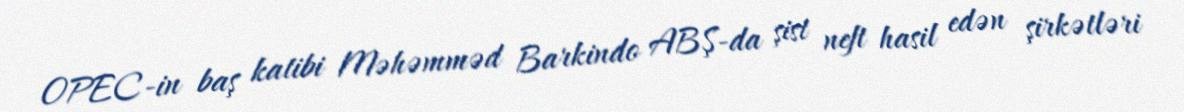
OPEC-in baş katibi Məhəmməd Barkindo ABŞ-da şist neft hasil edən şirkətləri